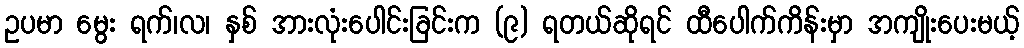
ဥပမာ မွေး ရက်၊လ၊ နှစ် အားလုံးပေါင်းခြင်းက (၉) ရတယ်ဆိုရင် ထီပေါက်ကိန်းမှာ အကျိုးပေးမယ့်